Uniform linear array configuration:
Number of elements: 24
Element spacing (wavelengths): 0.25
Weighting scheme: hann
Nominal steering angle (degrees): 60
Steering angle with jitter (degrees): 59.14
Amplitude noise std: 0.05
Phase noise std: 0.05

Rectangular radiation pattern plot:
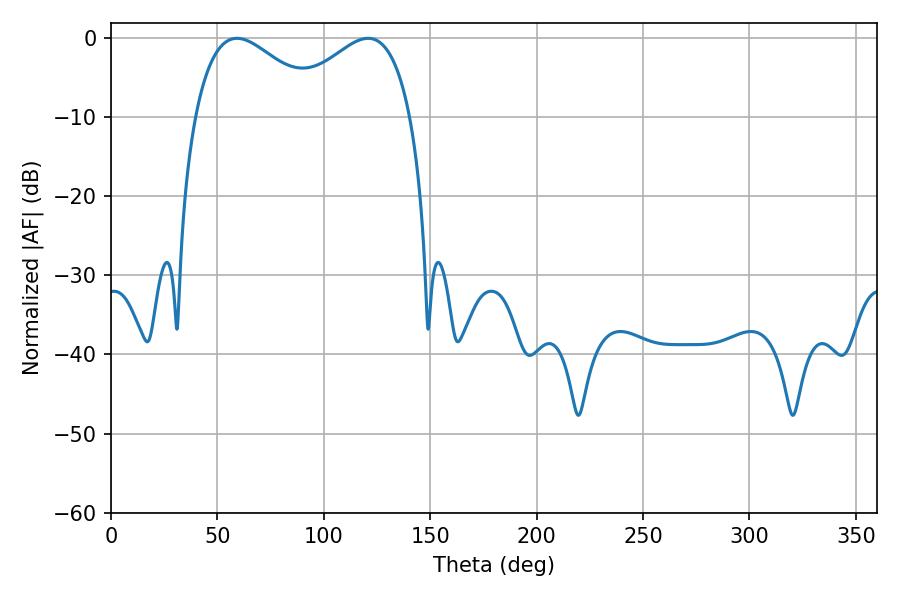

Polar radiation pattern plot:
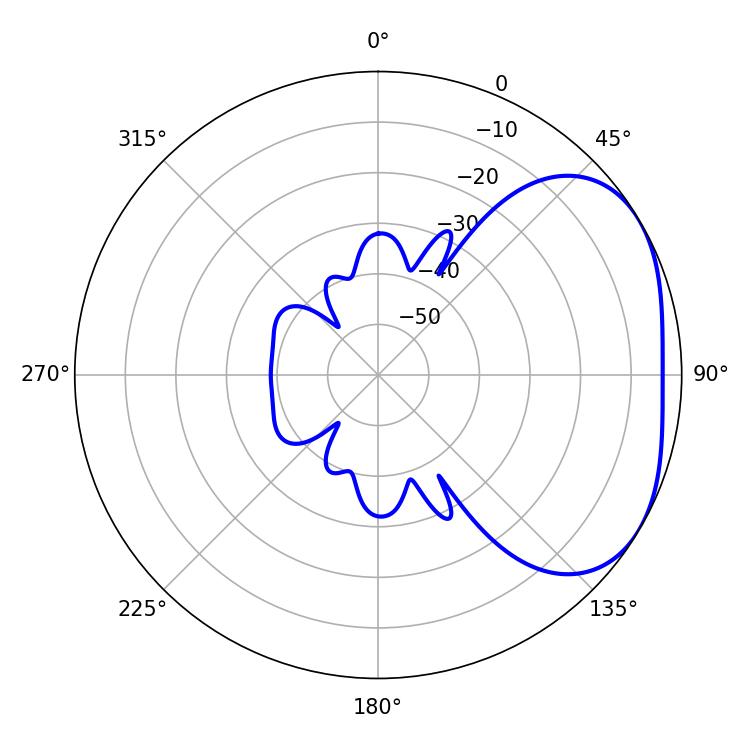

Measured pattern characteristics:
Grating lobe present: FALSE
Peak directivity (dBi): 2.984
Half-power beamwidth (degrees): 32.94
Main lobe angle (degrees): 59.22